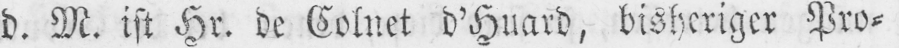
d. M. ist Hr. de Colnet d’Huard, bisheriger Pro⸗